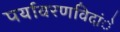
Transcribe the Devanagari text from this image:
पर्यावरणविदांे